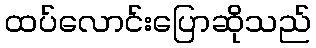
ထပ်လောင်းပြောဆိုသည်